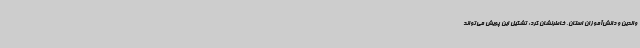
والدین و دانش‌آموزان استان، خاطرنشان کرد: تشکیل این پویش می‌تواند